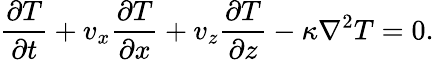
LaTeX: \frac{\partial T}{\partial t}+v_{x}\frac{\partial T}{\partial x}+v_{z}\frac{\partial T}{\partial z}-\kappa\nabla^{2}T=0.